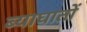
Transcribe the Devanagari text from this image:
ब्याघातों